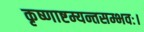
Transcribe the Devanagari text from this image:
कृष्णाष्टम्यन्तसम्भवः।